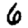
Digit: 6